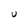
Character: U